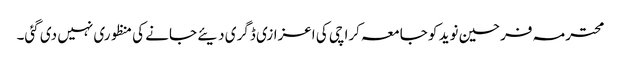
محترمہ فرحین نوید کو جامعہ کراچی کی اعزازی ڈگری دیئے جانے کی منظوری نہیں دی گئی۔